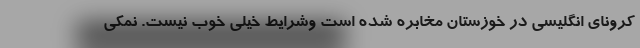
کرونای انگلیسی در خوزستان مخابره شده است وشرایط خیلی خوب نیست. نمکی